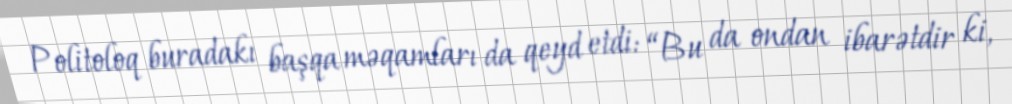
Politoloq buradakı başqa məqamları da qeyd etdi: “Bu da ondan ibarətdir ki,